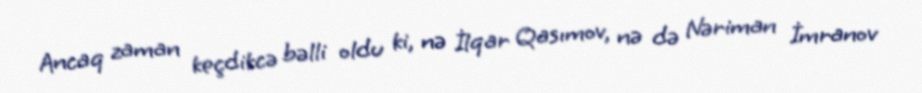
Ancaq zaman keçdikcə bəlli oldu ki, nə İlqar Qasımov, nə də Nəriman İmranov